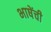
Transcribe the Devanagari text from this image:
भाषेंची